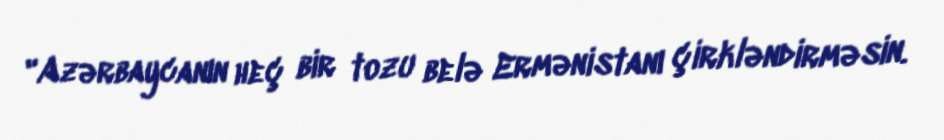
"Azərbaycanın heç bir tozu belə Ermənistanı çirkləndirməsin.